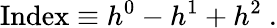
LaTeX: \mathrm{Index}\equiv h^{0}-h^{1}+h^{2}\ .